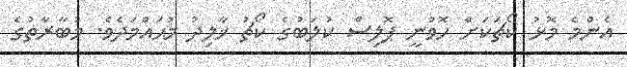
އެންމެ މޮޅު ކޯޗަކަށް ހޮވުނީ ޕޮލިސް ކުލަބުގެ ކޯޗު ޚާލިދު މުޙައްމަދެވެ. މުބާރާތުގެ